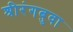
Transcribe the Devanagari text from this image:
श्रीरंगबुवा